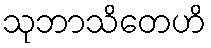
သုဘာသိတေဟိ